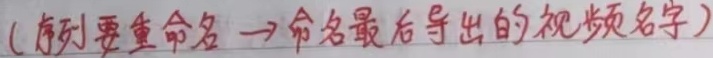
(序列要重命名→命名最后导出的视频名字)